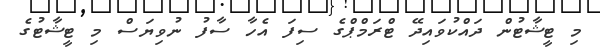
މި ޓީޝާޓުން ދައްކުވައިދޭ ޓްރަމްޕްގެ ސިފަ އެހާ ސާފު ނުވިޔަސް މި ޓީޝާޓުގެ